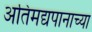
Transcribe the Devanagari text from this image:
अतिमद्यपानाच्या